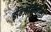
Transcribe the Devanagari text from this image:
इन्जिनियोसो